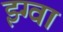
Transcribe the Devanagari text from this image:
झ्ग्वा